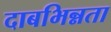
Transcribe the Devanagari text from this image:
दाबभिन्नता